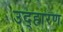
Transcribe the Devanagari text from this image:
उद्हारण